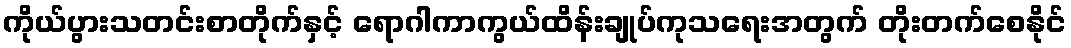
ကိုယ်ပွားသတင်းစာတိုက်နှင့် ရောဂါကာကွယ်ထိန်းချုပ်ကုသရေးအတွက် တိုးတက်စေနိုင်